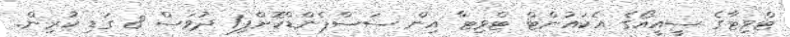
ޓްވިޓާގެ ސީއީއޯގެ އެކައުންޓް ޓްވިޓާ އިން ސަސްޕެންޑްކޮށްފި1 ދުވަސް 8 ގަޑި ކުރިން.